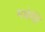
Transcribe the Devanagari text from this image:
मधेसि